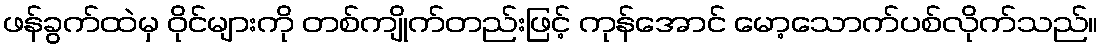
ဖန်ခွက်ထဲမှ ဝိုင်များကို တစ်ကျိုက်တည်းဖြင့် ကုန်အောင် မော့သောက်ပစ်လိုက်သည်။